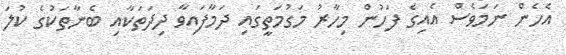
އެހެން ނަމަވެސް އެއިގެ ފަހުން މިހާރު މަގުމަތީގައި ދަމާފައިވާ ދިދަތަކާއި ބެނާތަކުގެ ކުލަ